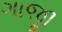
ગાજી